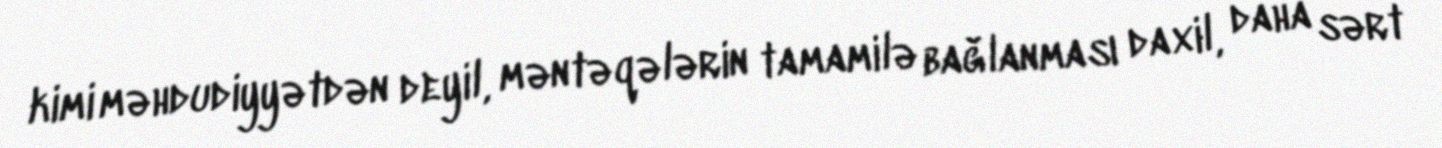
kimi məhdudiyyətdən deyil, məntəqələrin tamamilə bağlanması daxil, daha sərt